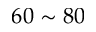
6 0 \sim 8 0